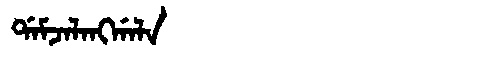
Manchu: ᡩᠠᠮᠵᠠᠯᠠᠩᡤᠠᠯᠠ
Romanization: DAMJALANGGALA